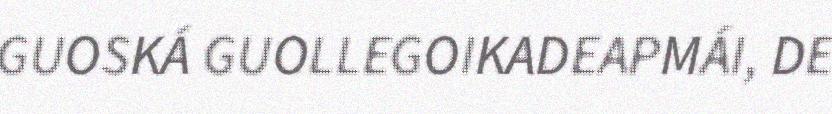
GUOSKÁ GUOLLEGOIKADEAPMÁI, DE